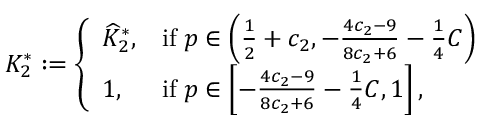
K _ { 2 } ^ { * } : = \left\{ \begin{array} { l l } { \widehat { K } _ { 2 } ^ { * } , } & { \mathrm { i f } \; p \in \left( \frac { 1 } { 2 } + c _ { 2 } , - \frac { 4 c _ { 2 } - 9 } { 8 c _ { 2 } + 6 } - \frac { 1 } { 4 } C \right) } \\ { 1 , } & { \mathrm { i f } \; p \in \left[ - \frac { 4 c _ { 2 } - 9 } { 8 c _ { 2 } + 6 } - \frac { 1 } { 4 } C , 1 \right] , } \end{array} \right.